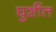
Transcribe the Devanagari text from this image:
घुशींत